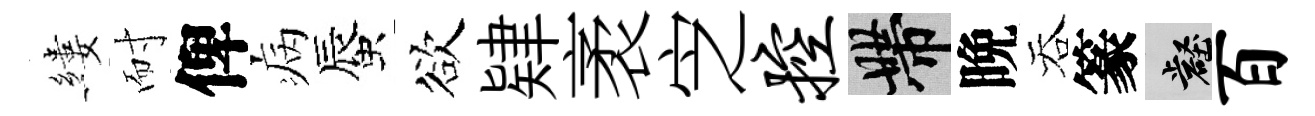
縷耐俾病蜃欲肄袤㝎控帶晩吞篆壑百